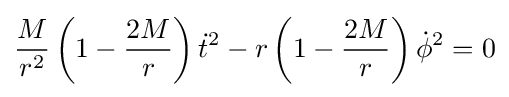
{\frac {M}{r^{2}}}\left(1-{\frac {2M}{r}}\right){\dot {t}}^{2}-r\left(1-{\frac {2M}{r}}\right){\dot {\phi }}^{2}=0